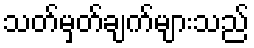
သတ်မှတ်ချက်များသည်